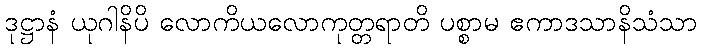
ဒုဋ္ဌာနံ ယုဂါနိပိ လောကိယလောကုတ္တရာတိ ပစ္စာမ ဧကာဒသာနိသံသာ